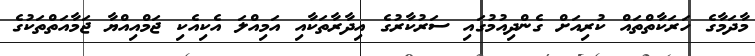
މާދަމާގެ ހަރަކާތްތައް ކުރިއަށް ގެންދިއުމުގައި ސަރުކާރުގެ އިދާރާތަކާއި އަމިއްލަ އެކިއެކި ޖަމްއިއްޔާ ޖަމާއަތްތަކުގެ